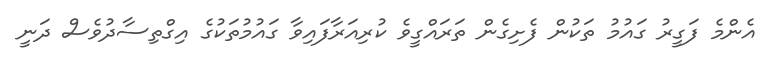
އެންމެ ފަގީރު ގައުމު ތަކުން ފެށިގެން ތަރައްގީވެ ކުރިއަރާފައިވާ ގައުމުތަކުގެ އިގްތިސާދުވެސް ދަނީ